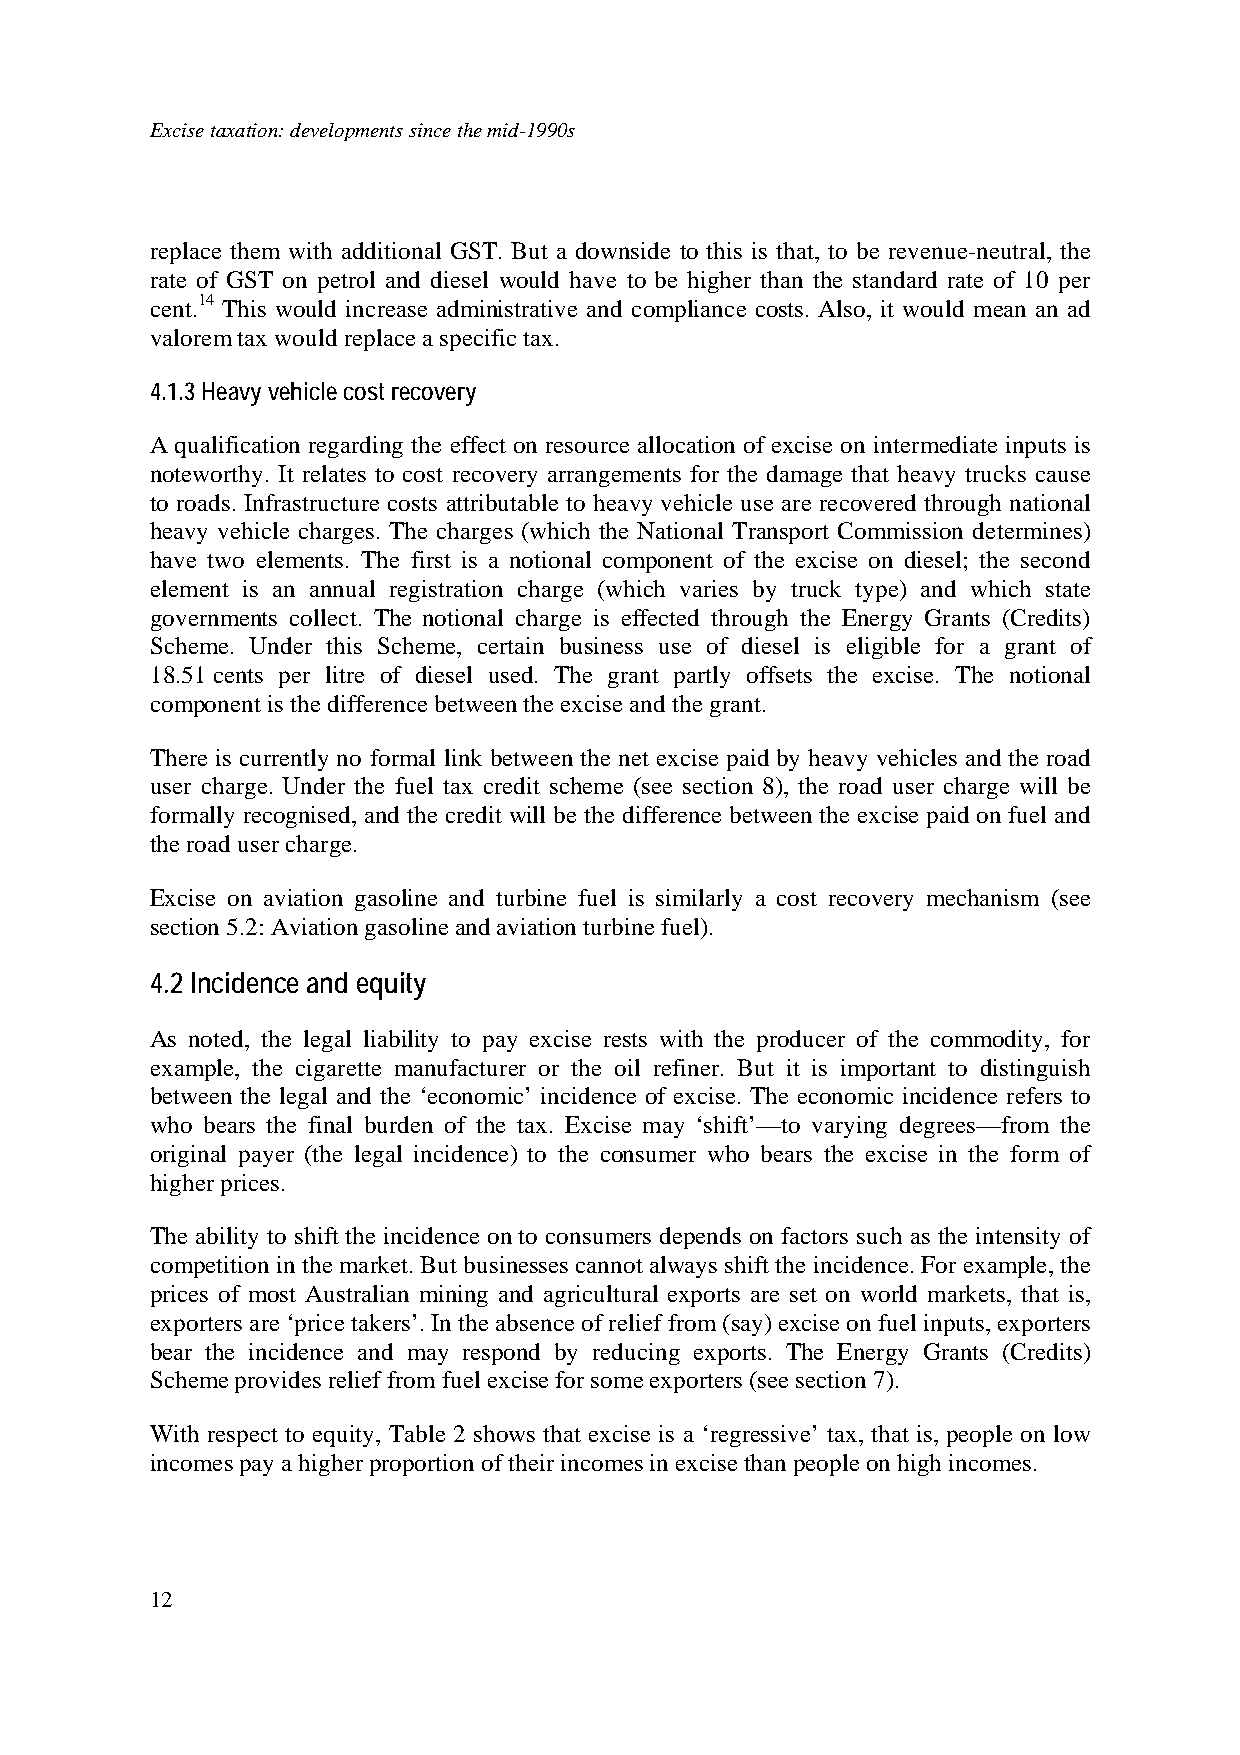
Excise taxation: developments since the mid-1990s
 replace them with additional GST. But a downside to this is that, to be revenue-neutral, the
 rate of GST on petrol and diesel would have to be higher than the standard rate of 10 per
 cent.14 This would increase administrative and compliance costs. Also, it would mean an ad
 valorem tax would replace a specific tax.
 4.1.3 Heavy vehicle cost recovery
 A qualification regarding the effect on resource allocation of excise on intermediate inputs is
 noteworthy. It relates to cost recovery arrangements for the damage that heavy trucks cause
 to roads. Infrastructure costs attributable to heavy vehicle use are recovered through national
 heavy vehicle charges. The charges (which the National Transport Commission determines)
 have two elements. The first is a notional component of the excise on diesel; the second
 element is an annual registration charge (which varies by truck type) and which state
 governments collect. The notional charge is effected through the Energy Grants (Credits)
 Scheme. Under this Scheme, certain business use of diesel is eligible for a grant of
 18.51 cents per litre of diesel used. The grant partly offsets the excise. The notional
 component is the difference between the excise and the grant.
 There is currently no formal link between the net excise paid by heavy vehicles and the road
 user charge. Under the fuel tax credit scheme (see section 8), the road user charge will be
 formally recognised, and the credit will be the difference between the excise paid on fuel and
 the road user charge.
 Excise on aviation gasoline and turbine fuel is similarly a cost recovery mechanism (see
 section 5.2: Aviation gasoline and aviation turbine fuel).
 4.2 Incidence and equity
 As noted, the legal liability to pay excise rests with the producer of the commodity, for
 example, the cigarette manufacturer or the oil refiner. But it is important to distinguish
 between the legal and the ‘economic’ incidence of excise. The economic incidence refers to
 who bears the final burden of the tax. Excise may ‘shift’—to varying degrees—from the
 original payer (the legal incidence) to the consumer who bears the excise in the form of
 higher prices.
 The ability to shift the incidence on to consumers depends on factors such as the intensity of
 competition in the market. But businesses cannot always shift the incidence. For example, the
 prices of most Australian mining and agricultural exports are set on world markets, that is,
 exporters are ‘price takers’. In the absence of relief from (say) excise on fuel inputs, exporters
 bear the incidence and may respond by reducing exports. The Energy Grants (Credits)
 Scheme provides relief from fuel excise for some exporters (see section 7).
 With respect to equity, Table 2 shows that excise is a ‘regressive’ tax, that is, people on low
 incomes pay a higher proportion of their incomes in excise than people on high incomes.
 12